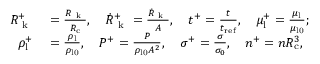
\begin{array} { r l } { R _ { \mathrm { ~ k ~ } } ^ { + } } & { { } = \frac { R _ { \mathrm { ~ k ~ } } } { R _ { \mathrm { c } } } , \quad \dot { R } _ { \mathrm { ~ k ~ } } ^ { + } = \frac { \dot { R } _ { \mathrm { ~ k ~ } } } { A } , \quad t ^ { + } = \frac { t } { t _ { \mathrm { r e f } } } , \quad \mu _ { \mathrm { l } } ^ { + } = \frac { \mu _ { \mathrm { l } } } { \mu _ { \mathrm { l 0 } } } ; } \\ { \rho _ { \mathrm { l } } ^ { + } } & { { } = \frac { \rho _ { \mathrm { l } } } { \rho _ { \mathrm { l 0 } } } , \quad P ^ { + } = \frac { P } { \rho _ { \mathrm { l 0 } } A ^ { 2 } } , \quad \sigma ^ { + } = \frac { \sigma } { \sigma _ { 0 } } , \quad n ^ { + } = n R _ { \mathrm { c } } ^ { 3 } , } \end{array}